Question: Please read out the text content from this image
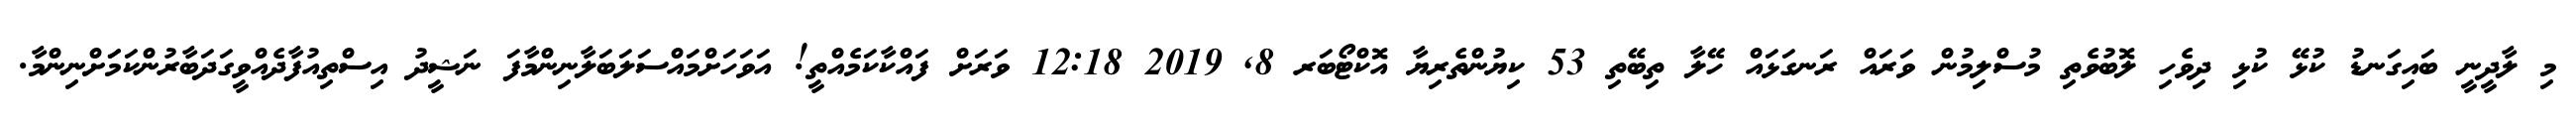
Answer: މި ލާދީނީ ބައިގަނޑު ކުޅޭ ކުޅި ދިވެހި ލޮބުވެތި މުސްލިމުން ވަރައް ރަނގަޅައް ހޭލާ ތިބޭތި 53 ކިޔުންތެރިޔާ އޮކްޓޯބަރ 8, 2019 12:18 ވަރަށް ފައްކާކަމެއްތީ! އަވަހަށްމައްސަލަބަލާނިންމާފަ ނަޝީދު އިސްތިއުފާދެއްވީގަދަބާރުންކަމަަށްނިންމާ.